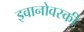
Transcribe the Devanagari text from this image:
इवानोवस्की